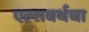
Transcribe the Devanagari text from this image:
एल्सवर्थचा